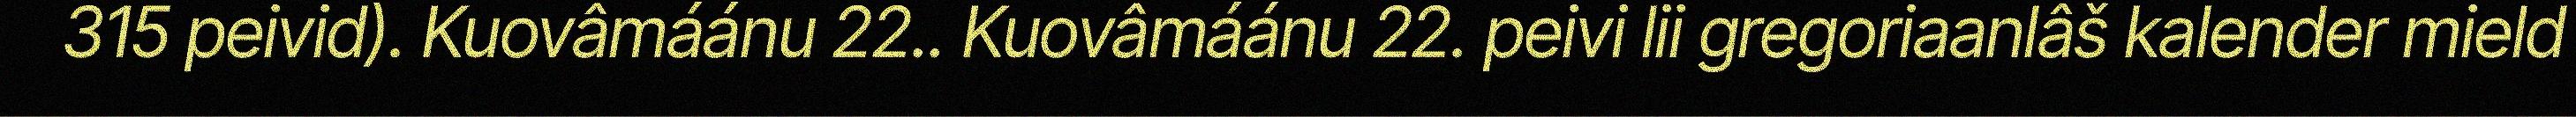
315 peivid). Kuovâmáánu 22.. Kuovâmáánu 22. peivi lii gregoriaanlâš kalender mield